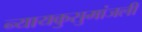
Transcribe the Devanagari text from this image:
न्यायकुसुमांजली